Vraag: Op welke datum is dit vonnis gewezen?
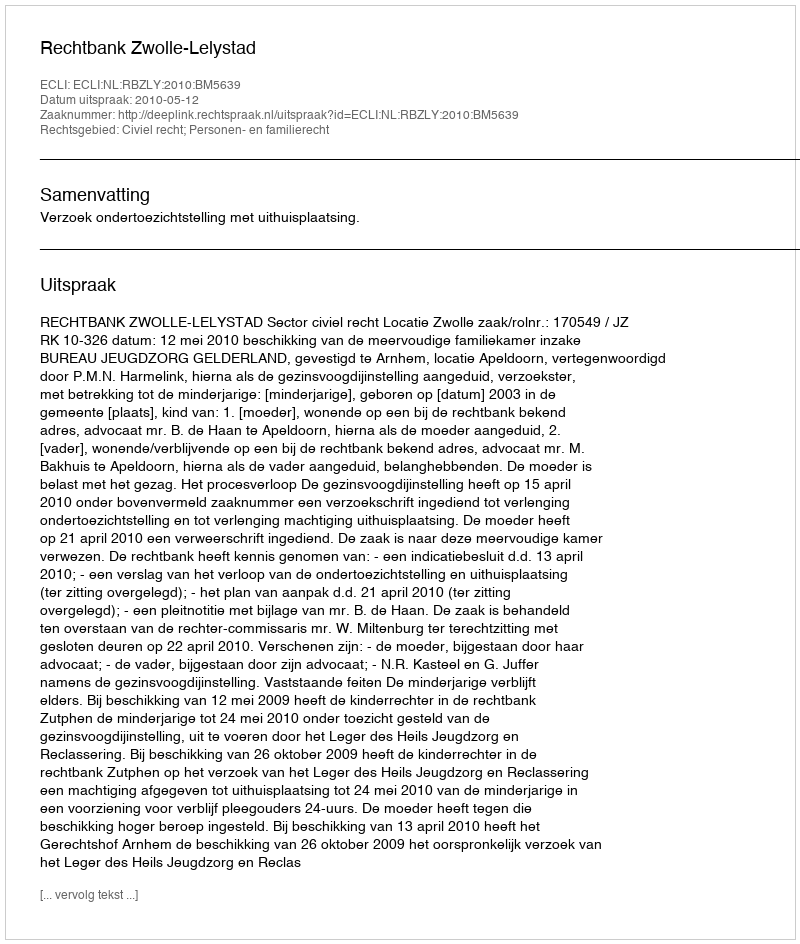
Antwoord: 2010-05-12